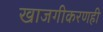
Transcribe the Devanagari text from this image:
खाजगीकरणही